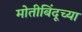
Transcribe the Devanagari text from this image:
मोतीबिंदूच्या